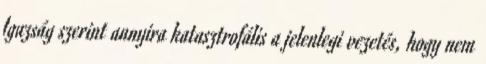
Igazság szerint annyira katasztrofális a jelenlegi vezetés, hogy nem